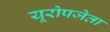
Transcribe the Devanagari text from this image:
यूरोपजेता